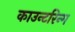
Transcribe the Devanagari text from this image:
काउन्टरिन्ग